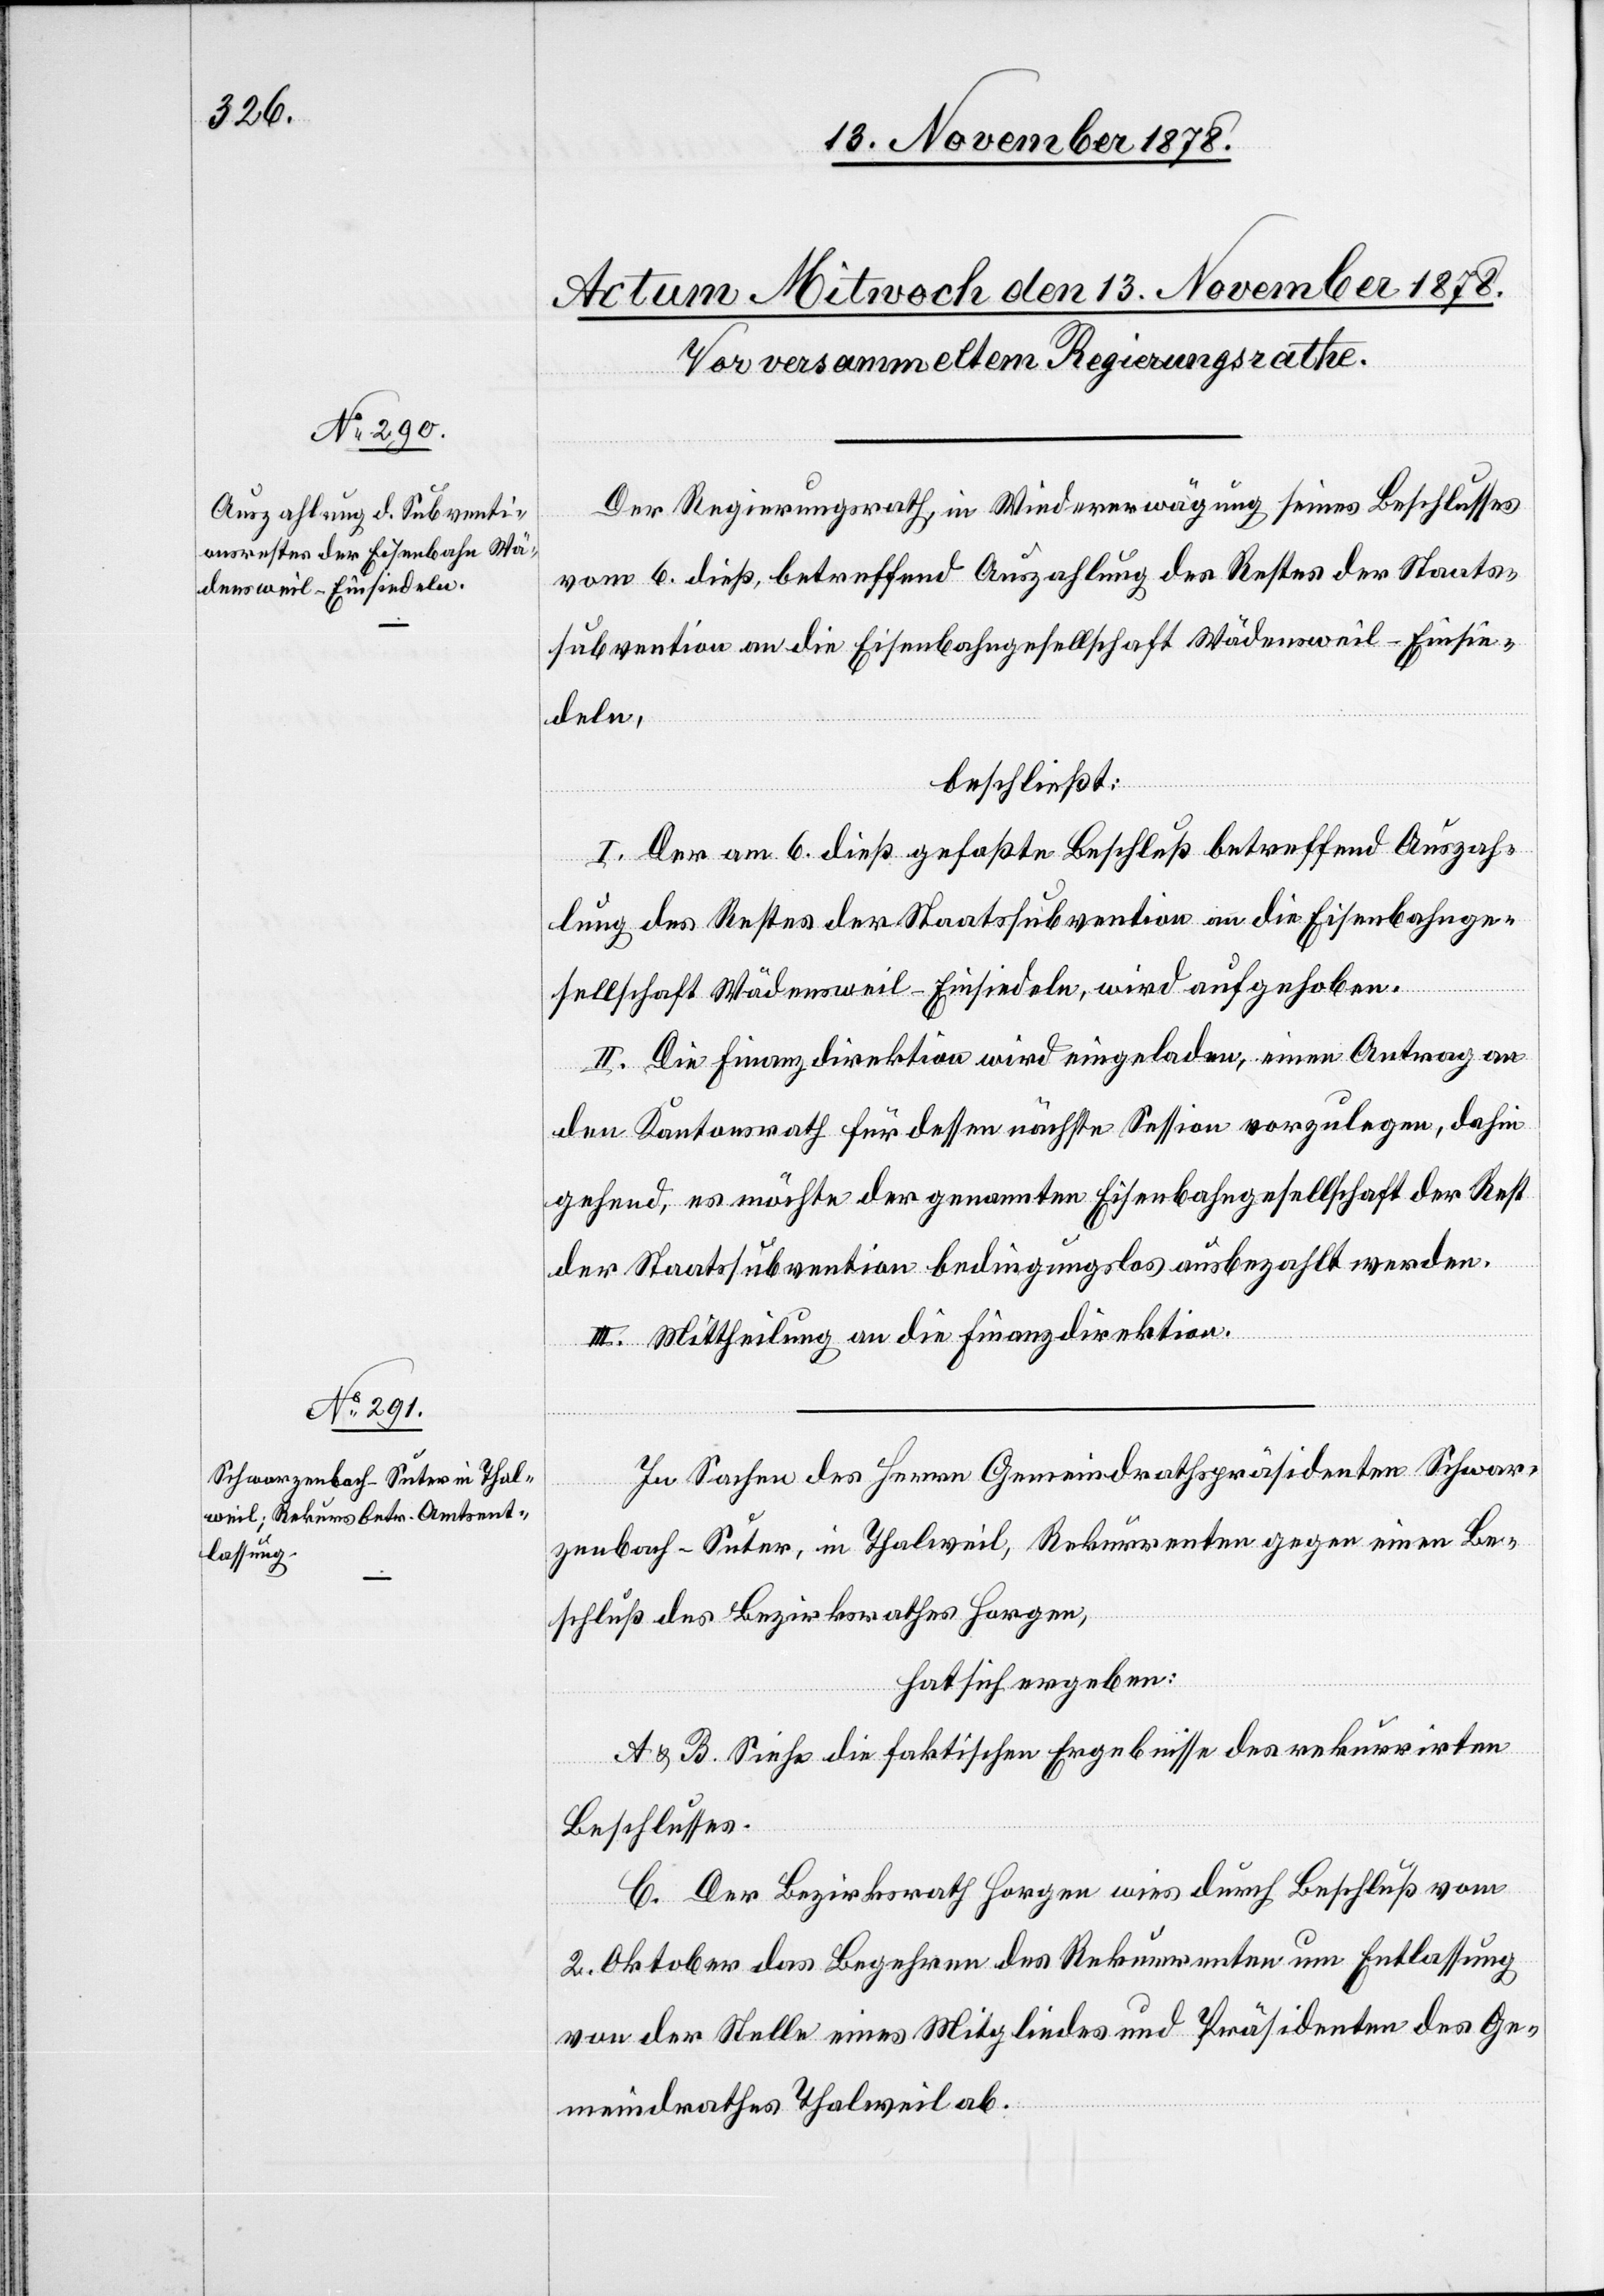
Der Regierungsrath, in Wiedererwägung seines Beschlusses
vom 6. dieß, betreffend Auszahlung des Restes der Staats¬
subvention an die Eisenbahngesellschaft Wädensweil–Einsie¬
deln,
beschließt:
I. Der am 6. dieß gefaßte Beschluß betreffend Auszah¬
lung des Restes der Staatssubvention an die Eisenbahnge¬
sellschaft Wädensweil–Einsiedeln, wird aufgehoben.
II. Die Finanzdirektion wird eingeladen, einen Antrag an
den Kantonsrath für dessen nächste Session vorzulegen, dahin¬
gehend, es möchte der genannten Eisenbahngesellschaft der Rest
der Staatssubvention bedingungslos ausbezahlt werden.
III. Mittheilung an die Finanzdirektion.
In Sachen des Herrn Gemeindrathspräsidenten Schwar¬
zenbach-Suter, in Thalweil, Rekurrenten gegen einen Be¬
schluß des Bezirksrathes Horgen,
hat sich ergeben:
A & B. siehe die faktischen Ergebnisse des rekurrirten
Beschlusses.
C. Der Bezirksrath Horgen wies durch Beschluß vom
2. Oktober das Begehren des Rekurrenten um Entlassung
von der Stelle eines Mitgliedes und Präsidenten des Ge¬
meindrathes Thalweil ab.